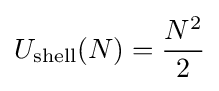
U_{\text{shell}}(N)={\frac {N^{2}}{2}}